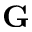
\mathbf G